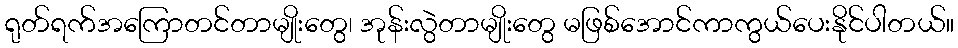
ရုတ်ရက်အကြောတင်တာမျိုးတွေ၊ အုန်းလွဲတာမျိုးတွေ မဖြစ်အောင်ကာကွယ်ပေးနိုင်ပါတယ်။